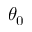
\theta _ { 0 }